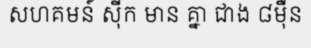
សហគមន៍ ស៊ីក មាន គ្នា ជាង ៨ម៉ឺន